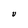
Character: V